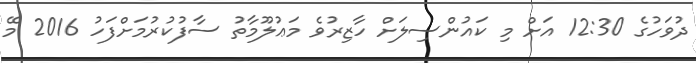
ދުވަހުގެ 12:30 އަށް މި ކައުންސިލަށް ހާޒިރުވެ މަޢުލޫމާތު ސާފުކުރުމަށްފަހު 2016 މޭ